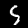
Digit: 5